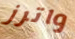
واترز